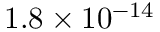
1 . 8 \times 1 0 ^ { - 1 4 }